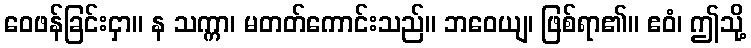
ဝေဖန်ခြင်းငှာ။ န သက္ကာ၊ မတတ်ကောင်းသည်။ ဘဝေယျ၊ ဖြစ်ရာ၏။ ဧဝံ၊ ဤသို့